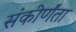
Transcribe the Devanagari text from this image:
संकीर्णंता